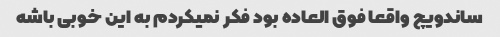
ساندویچ واقعا فوق العاده بود فکر نمیکردم به این خوبی باشه